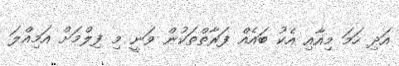
އަދި ހަމަ މިއާއި އެކު ބައެއް ފަރާތްތަކުން ވަނީ މި ފިލްމަށް އަމިއްލަ